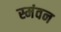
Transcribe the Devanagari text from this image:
स्मंवन